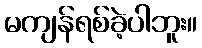
မကျန်ရစ်ခဲ့ပါဘူး။